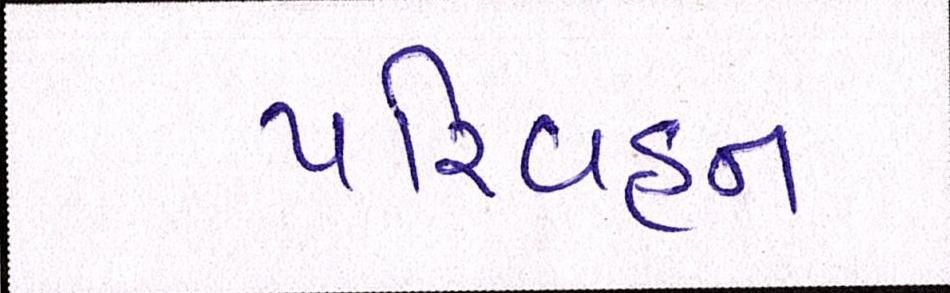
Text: પરિવહન